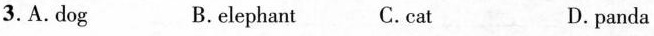
3.A. Dog B.elephant C.Cat D. panda